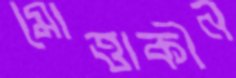
মোত্তাকীন